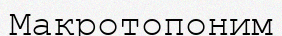
Макротопоним